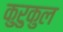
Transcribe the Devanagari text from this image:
कुरुकुल